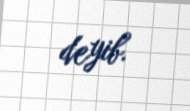
deyib.